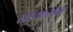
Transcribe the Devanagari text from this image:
खंडकाव्याचा